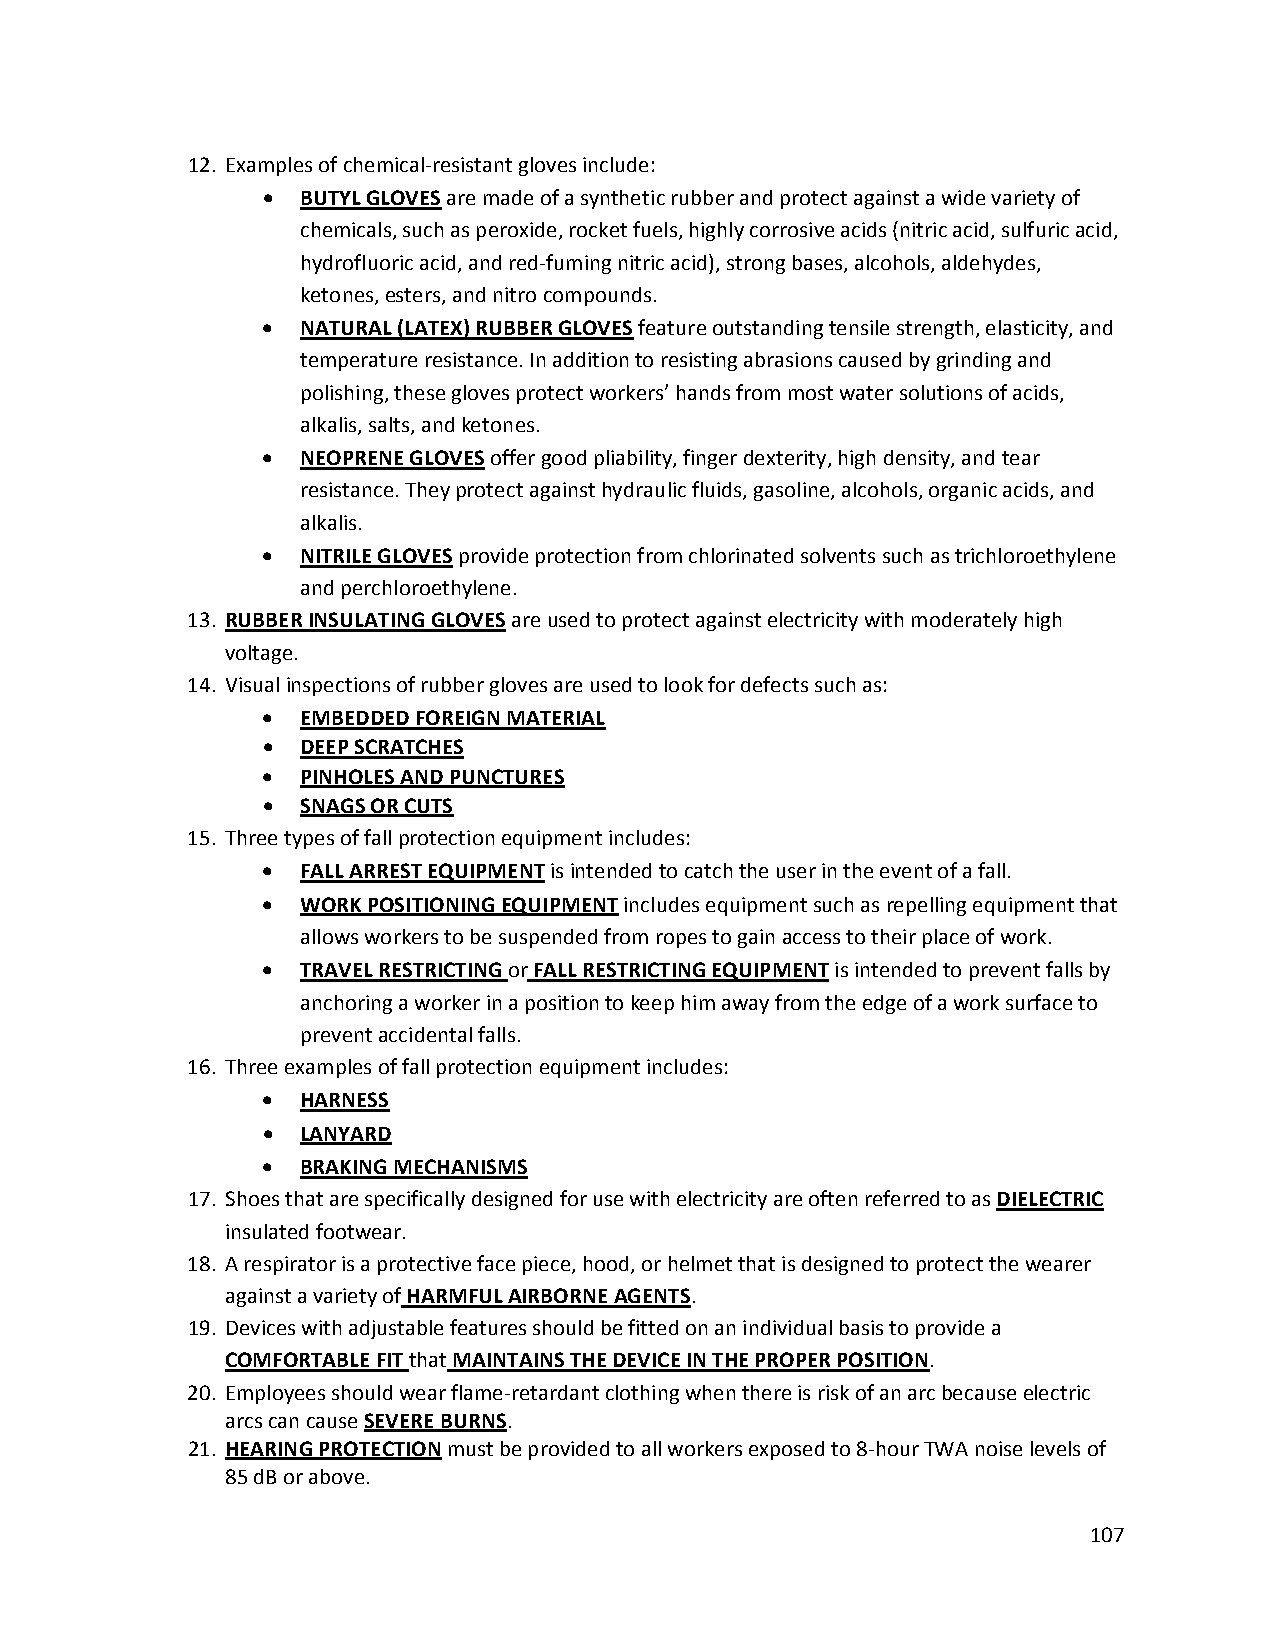
12. Examples of chemical‐resistant gloves include:
 •  BUTYL GLOVES are made of a synthetic rubber and protect against a wide variety of
 chemicals, such as peroxide, rocket fuels, highly corrosive acids (nitric acid, sulfuric acid,
 hydrofluoric acid, and red‐fuming nitric acid), strong bases, alcohols, aldehydes,
 ketones, esters, and nitro compounds.
 •  NATURAL (LATEX) RUBBER GLOVES feature outstanding tensile strength, elasticity, and
 temperature resistance. In addition to resisting abrasions caused by grinding and
 polishing, these gloves protect workers’ hands from most water solutions of acids,
 alkalis, salts, and ketones.
 •  NEOPRENE GLOVES offer good pliability, finger dexterity, high density, and tear
 resistance. They protect against hydraulic fluids, gasoline, alcohols, organic acids, and
 alkalis.
 •  NITRILE GLOVES provide protection from chlorinated solvents such as trichloroethylene
 and perchloroethylene.
 13. RUBBER INSULATING GLOVES are used to protect against electricity with moderately high
 voltage.
 14. Visual inspections of rubber gloves are used to look for defects such as:
 •  EMBEDDED FOREIGN MATERIAL
 •  DEEP SCRATCHES
 •  PINHOLES AND PUNCTURES
 •  SNAGS OR CUTS
 15. Three types of fall protection equipment includes:
 •  FALL ARREST EQUIPMENT is intended to catch the user in the event of a fall.
 •  WORK POSITIONING EQUIPMENT includes equipment such as repelling equipment that
 allows workers to be suspended from ropes to gain access to their place of work.
 •  TRAVEL RESTRICTING or FALL RESTRICTING EQUIPMENT is intended to prevent falls by
 anchoring a worker in a position to keep him away from the edge of a work surface to
 prevent accidental falls.
 16. Three examples of fall protection equipment includes:
 •  HARNESS
 •  LANYARD
 •  BRAKING MECHANISMS
 17. Shoes that are specifically designed for use with electricity are often referred to as DIELECTRIC
 insulated footwear.
 18. A respirator is a protective face piece, hood, or helmet that is designed to protect the wearer
 against a variety of HARMFUL AIRBORNE AGENTS.
 19. Devices with adjustable features should be fitted on an individual basis to provide a
 COMFORTABLE FIT that MAINTAINS THE DEVICE IN THE PROPER POSITION.
 20. Employees should wear flame‐retardant clothing when there is risk of an arc because electric
 arcs can cause SEVERE BURNS.
 21. HEARING PROTECTION must be provided to all workers exposed to 8‐hour TWA noise levels of
 85 dB or above.
 107